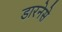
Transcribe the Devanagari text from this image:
डारनेसे